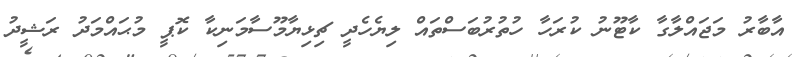
އާބާރު މަޖައްލާގާ ކާޓޫނު ކުރަހާ ހުތުރުބަސްތައް ލިޔެހެދީ ޗިޅިޔާމޫސާމަނިކާ ކޮޕީ މުޙައްމަދު ރަޝީދު